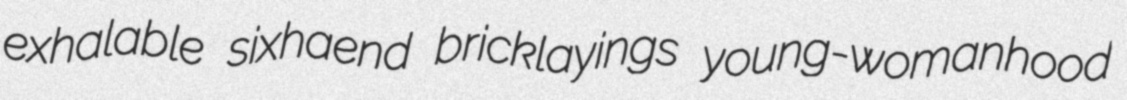
exhalable sixhaend bricklayings young-womanhood